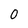
Character: 0